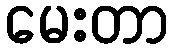
မေးတာ